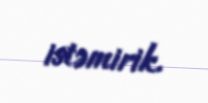
istəmirik.